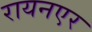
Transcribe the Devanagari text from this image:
रायनएर